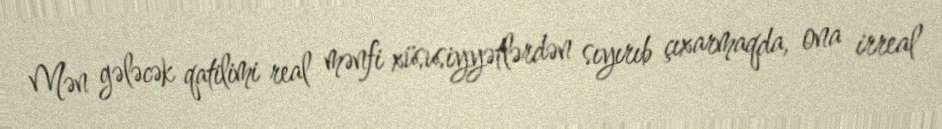
Mən gələcək qatilimi real mənfi xüsusiyyətlərdən sıyırıb çıxarmaqda, ona irreal